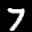
Label: 7